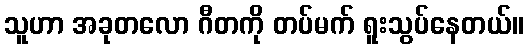
သူဟာ အခုတလော ဂီတကို တပ်မက် ရူးသွပ်နေတယ်။